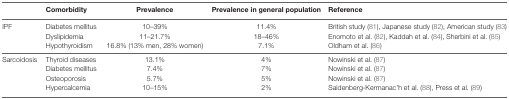
<table><thead><tr><td></td><td><b>Comorbidity</b></td><td><b>Prevalence</b></td><td><b>Prevalence in general population</b></td><td><b>Reference</b></td></tr></thead><tbody><tr><td>IPF</td><td>Diabetes mellitus</td><td>10–39%</td><td>11.4%</td><td>British study (81), Japanese study (82), American study (83)</td></tr><tr><td></td><td>Dyslipidemia</td><td>11–21.7%</td><td>18–46%</td><td>Enomoto et al. (82), Kaddah et al. (84), Sherbini et al. (85)</td></tr><tr><td></td><td>Hypothyroidism</td><td>16.8% (13% men, 28% women)</td><td>7.1%</td><td>Oldham et al. (86)</td></tr><tr><td>Sarcoidosis</td><td>Thyroid diseases</td><td>13.1%</td><td>4%</td><td>Nowinski et al. (87)</td></tr><tr><td></td><td>Diabetes mellitus</td><td>7.4%</td><td>7%</td><td>Nowinski et al. (87)</td></tr><tr><td></td><td>Osteoporosis</td><td>5.7%</td><td>5%</td><td>Nowinski et al. (87)</td></tr><tr><td></td><td>Hypercalcemia</td><td>10–15%</td><td>2%</td><td>Saidenberg-Kermanac’h et al. (88), Press et al. (89)</td></tr></tbody></table>